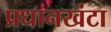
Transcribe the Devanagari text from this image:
प्रधानखंटा